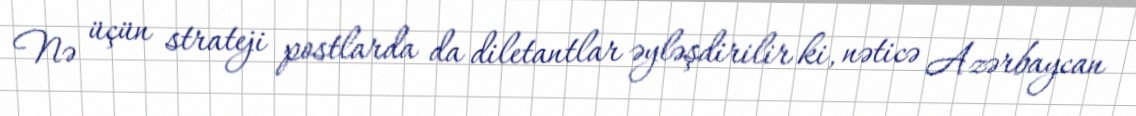
Nə üçün strateji postlarda da diletantlar əyləşdirilir ki, nəticə Azərbaycan